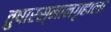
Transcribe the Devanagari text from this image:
तुषारस्नानगृहाला